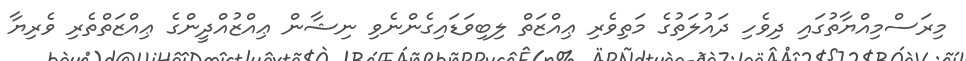
މިރަސްމިއްޔާތުގައި ދިވެހި ދައުލަތުގެ މަތިވެރި ޢިއްޒަތް ލިބިވަޑައިގެންނެވި ނިޝާން ޢިއްޒުއްދީންގެ ޢިއްޒަތްތެރި ވެރިޔާ